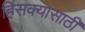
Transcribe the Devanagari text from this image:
हिसक्यासाठी